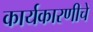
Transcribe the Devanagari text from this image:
कार्यकारणीचे